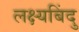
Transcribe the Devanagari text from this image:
लक्ष्यबिंदु